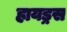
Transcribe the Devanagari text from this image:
हायड्रस